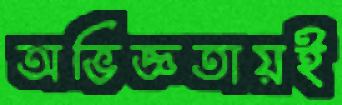
অভিজ্ঞতায়ই